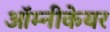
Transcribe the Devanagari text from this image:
ऑम्नीकेयर